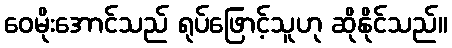
ဝေမိုးအောင်သည် ရုပ်ဖြောင့်သူဟု ဆိုနိုင်သည်။